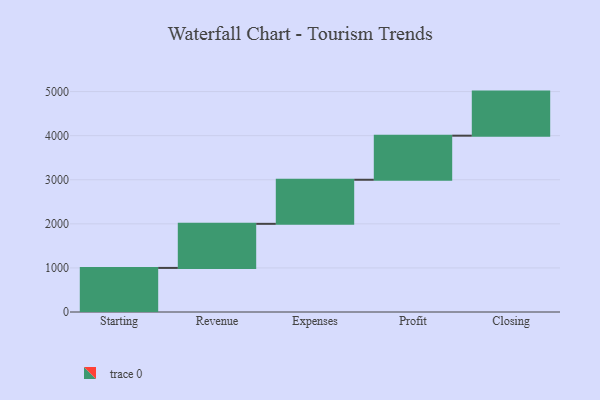
{"axis": {"x": "Step", "y": "Value"}, "legend": [""], "data": [{"x": "Starting", "y": 1000, "type": ""}, {"x": "Revenue", "y": 1000, "type": ""}, {"x": "Expenses", "y": 1000, "type": ""}, {"x": "Profit", "y": 1000, "type": ""}, {"x": "Closing", "y": 1000, "type": ""}]}